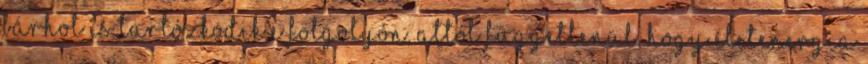
bárhol is tartózkodik e fölgolyón, attól függetlenül, hogy ÉletEnergia